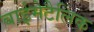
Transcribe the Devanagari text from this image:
बाईमेटैलिक